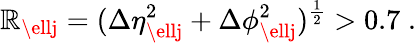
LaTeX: \mathbb{R}_{\ellj}=(\Delta\eta_{\ellj}^{2}+\Delta\phi_{\ellj}^{2})^{\frac{{1}}{{2}}}>0.7\; .